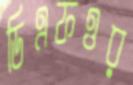
ডিএফওর